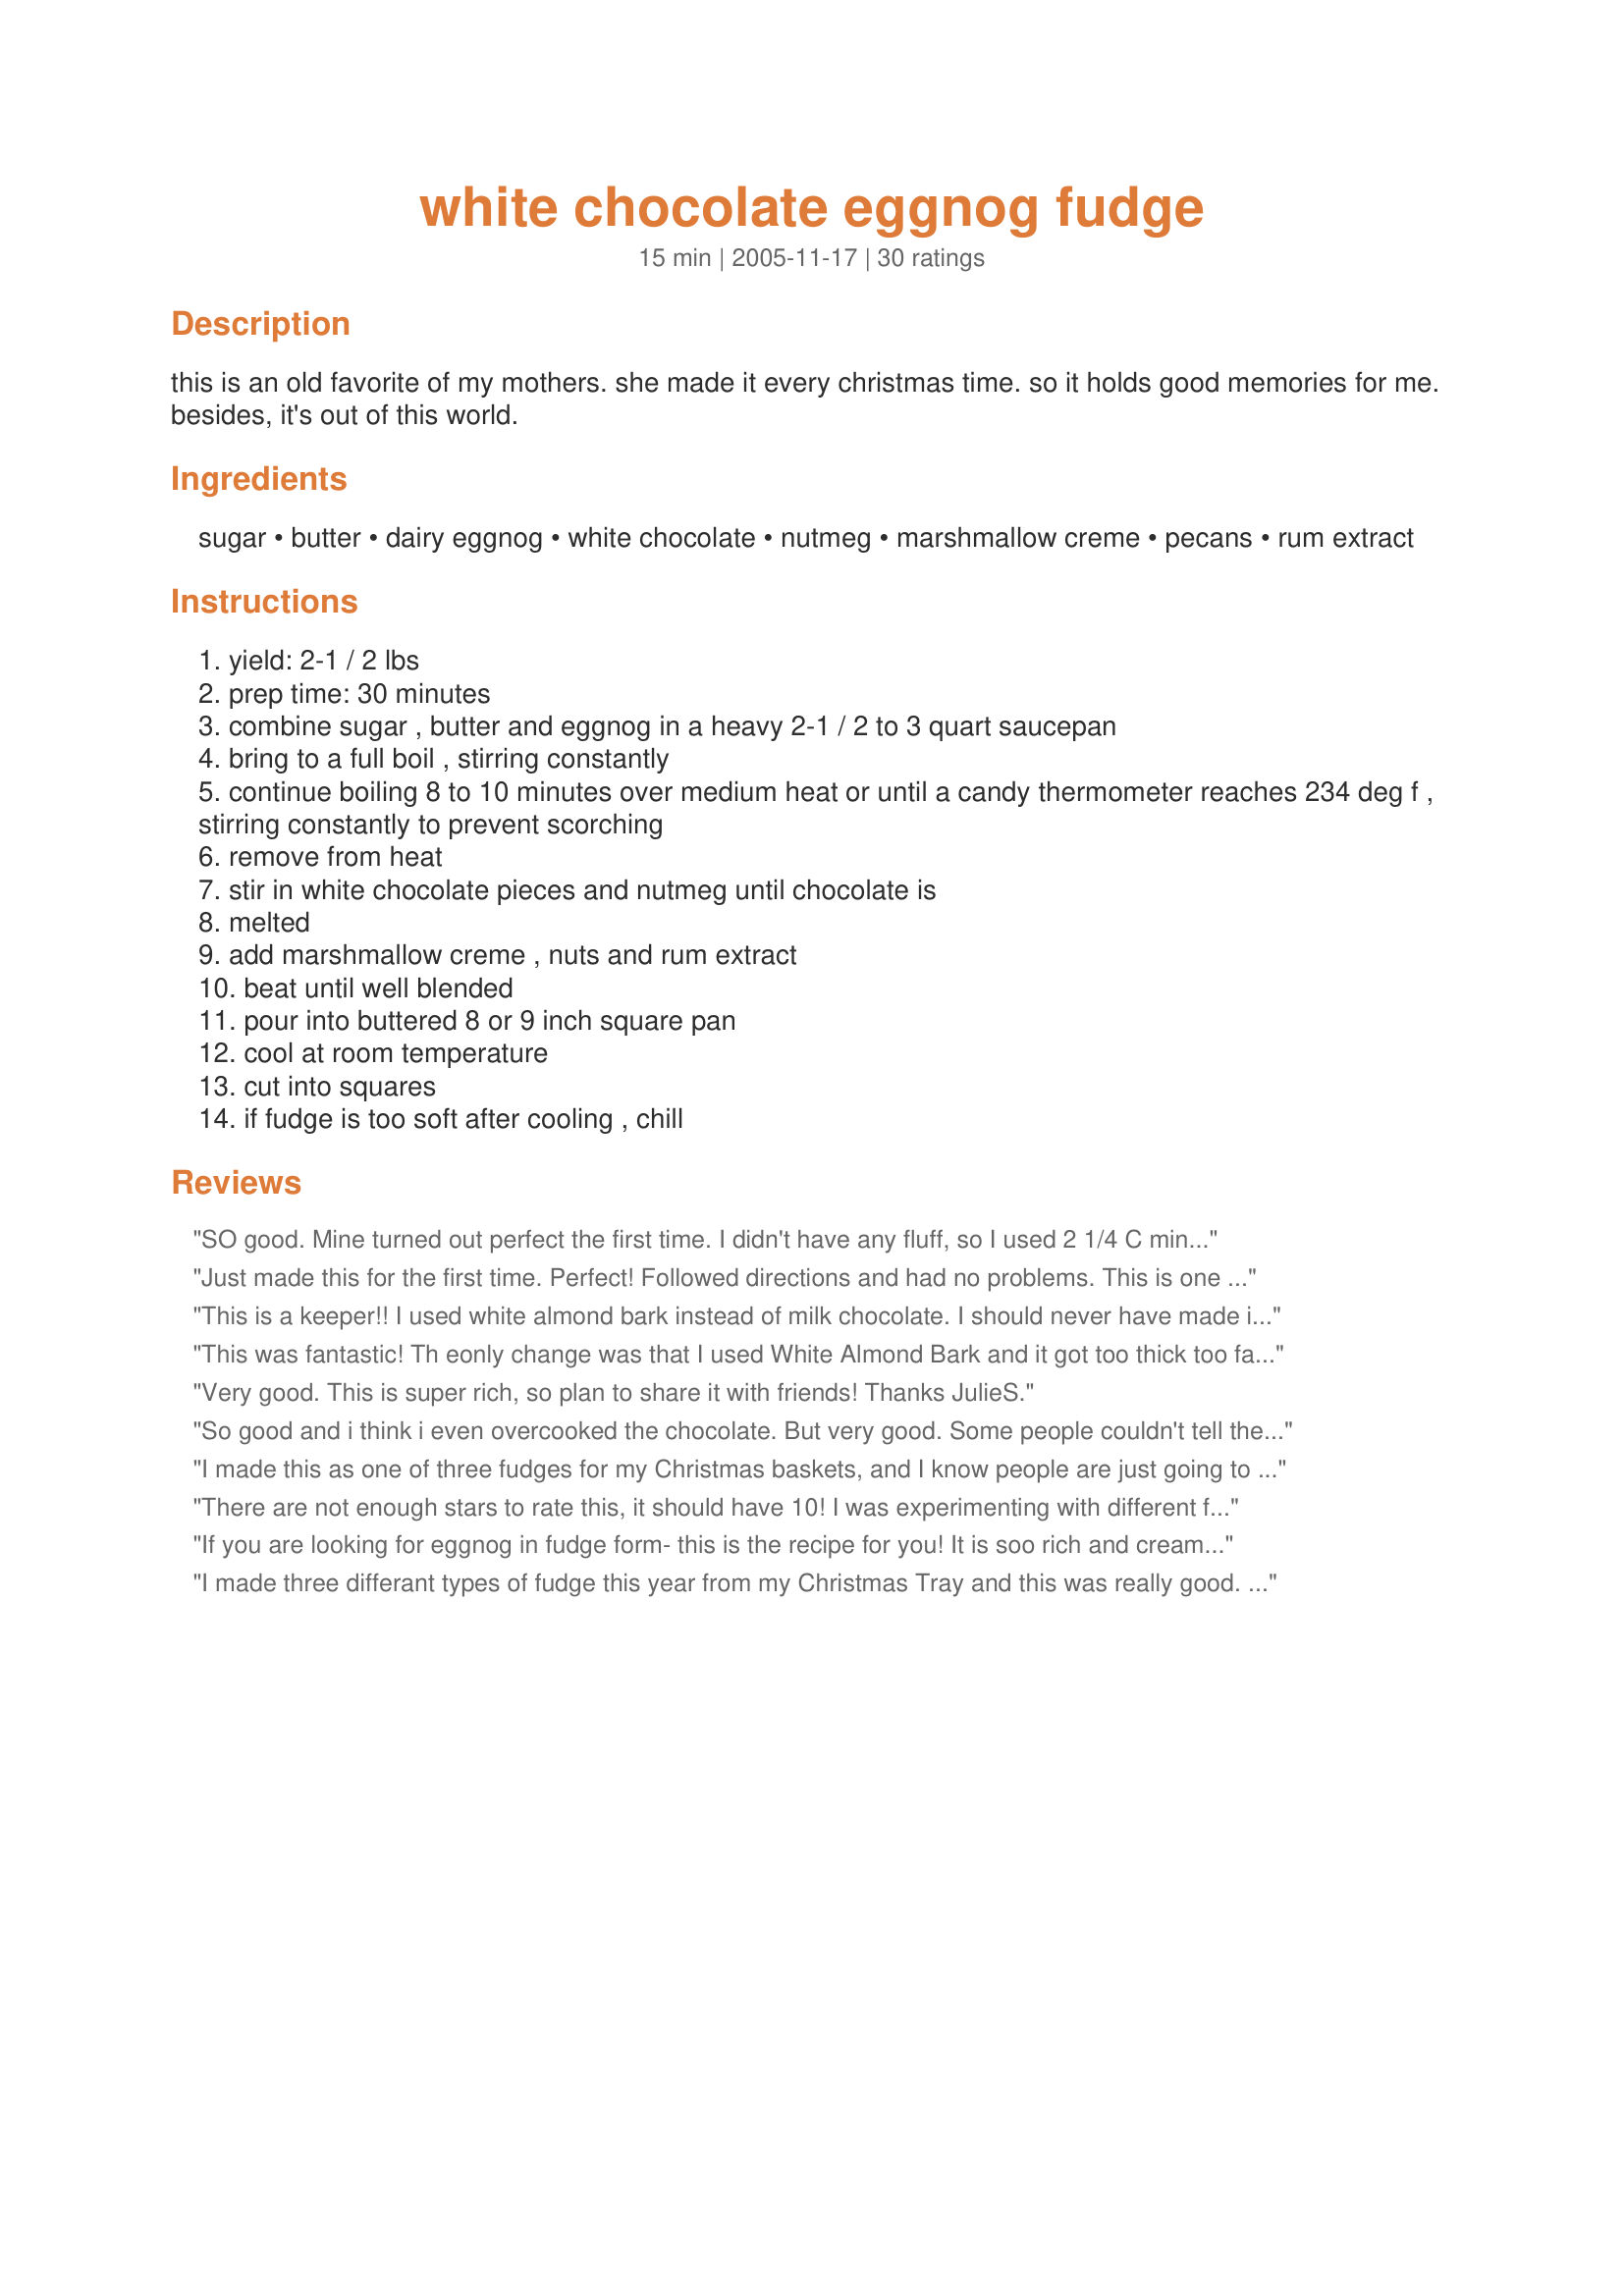
white chocolate eggnog fudge
Preparation time: 15 minutes

this is an old favorite of my mothers. she made it every christmas time. so it holds good memories for me. besides, it's out of this world.

Ingredients:
sugar, butter, dairy eggnog, white chocolate, nutmeg, marshmallow creme, pecans, rum extract

Steps:
yield: 2-1 / 2 lbs
prep time: 30 minutes
combine sugar , butter and eggnog in a heavy 2-1 / 2 to 3 quart saucepan
bring to a full boil , stirring constantly
continue boiling 8 to 10 minutes over medium heat or until a candy thermometer reaches 234 deg f , stirring constantly to prevent scorching
remove from heat
stir in white chocolate pieces and nutmeg until chocolate is
melted
add marshmallow creme , nuts and rum extract
beat until well blended
pour into buttered 8 or 9 inch square pan
cool at room temperature
cut into squares
if fudge is too soft after cooling , chill

Reviews:
SO good. Mine turned out perfect the first time. I didn't have any fluff, so I used 2 1/4 C mini marshmallows, and 2 tsp. light corn syrup melted together insted. SO SO good...just try it!
Just made this for the first time. Perfect! Followed directions and had no problems. This is one I will be making again and again! Thanks for posting.
This is a keeper!! I used white almond bark instead of milk chocolate. I should never have made it! I can't keep my hands out of it! I didn't have any rum extract so I used vanilla rum instead. Next time I will leave out the pecans. It was very easy to make. The only problem I had (besides making a pig out of myself with it) is that it stuck like heck to my pan. I thought I had buttered the pan enough, but I guess not.
This was fantastic! Th eonly change was that I used White Almond Bark and it got too thick too fast, so I put some extra eggnog to make it more liquid. Also no nuts. All the eggnog lovers at our Christmas party raved about it. Definately a keeper.
Very good. This is super rich, so plan to share it with friends! Thanks JulieS.
So good and i think i even overcooked the chocolate. But very good. Some people couldn't tell there was eggnog in it, but i could for sure. So good. Good thing i only made half a batch.
I made this as one of three fudges for my Christmas baskets, and I know people are just going to love it! I have never heard of, made, or eaten eggnog fudge before. I am not a huge eggnog fan, but this tastes just like a vanilla milkshake (I think)! I have to admit, I did change a few things though: In place of the nutmeg in the fudge, I used cinnamon, and I sprinkled a little allspice on top of the fudge after it had cooled a little bit. I also used vanilla extract in place of rum extract. I also used a (12 oz.) bag of white chocolate chips instead of bar chocolate, and I omitted the nuts - I'm SORRY! Here, have some fudge. :) I boiled my mixture for 10 minutes, and I used a 9x12 pan, since I wanted to make a lot. The consistency was out of this world, perfect! I plan on trying it with maybe brandy extract..? My husband wants me to put nutmeg in it next time, and he doesn't even care for fudge OR white chocolate (but he loves eggnog). So, yeah, this one's a keeper. This is permanently on my holiday baking list. Thank you!
There are not enough stars to rate this, it should have 10! I was experimenting with different fudge recipes for Christmas this year, decided to try this one. It is a hit with EVERYONE! Full of eggnog flavor, soooo easy to make, smells wonderful. I had to pass along the recipe several times. WOW!!! Thanks, JulieS!!!
If you are looking for eggnog in fudge form- this is the recipe for you! It is soo rich and creamy, I couldn't believe how great this turned out.
I made three differant types of fudge this year from my Christmas Tray and this was really good. I've always had trouble getting the right consistancy for fudge and these directions made it really easy. I used a candy thermometer to measure the boiling time and it came out creamy and smooth. I did chill for about 2 hours to make sure it would cut and it was great. A differant taste from regular fudge and a nice treat. Thanks for posting.
I made about 20 pounds of this stuff last year. I followed the recipe and used the listed ingredients. It was unbelievably easy to make.... and soooooo freaking good!! I am going to make it this year for gifts.
You have a WONDERFUL recipe here....I put it on 2 different goodie trays and so many people now want the recipe. It is so creamy and sooo good. Thank you so much for such a great recipe. It is definitely going into my Christmas regular list.
People would not quit hounding me for this. I made it for Christmas gifts with a few other kinds & this was all they'd talk about. They were threatening to steal it out of each other's mail boxes at work. I used white chips for the chocolate & vanilla instead of rum. Thanks for the winner recipe :)
We had Thanksgiving dinner 2006 at our neighbor's house, and I made this to surprise our hostess. It was a big hit, as it was at my work the next day, when I took some in! Thanks for the recipe! PS: Zaney1 sang the praises of this recipe so loud and long...I just had to try it! Not to mention that it sounded good in the first place! :D
You can really taste the eggnog. Everyone loved it!
This came out soooooo good! I handed it out for Christmas this year and everyone asked me for the recipe! I followed the recipe, only I sprinkled cinnamon on top to make them look pretty. : ) YUMMMMM!!!!
Lovely fudge and so easy! Used Horizon lowfat organic eggnog, my favorite, and a bag of white chocolate chips. Great combination of white chocolate and eggnog flavors. Thanks for sharing the recipe!
I've made this twice now. The first time with the ingredients listed here (no nuts) and the second time I used Cinnamon eggnog, ground cinnamon instead of nutmeg, and vanilla instead of rum. Both times it turned out perfect and unbelievably delicious. This is a great recipe!!!!!
A wonderful recipe with the perfect amount of eggnog. Used cinnamon and vanilla and a cold water test at eight minutes.
This came out perfect. I followed the recipe exactly, except I backed off the rum extract to 1/4 tsp. as I don't like rum flavor in my egg nog. I also didn't have a candy thermometer so I boiled for 10 minutes and it came out perfect. Thanks for sharing. I will make it again.
Absolutely delicious! I wasn't sure how 3/4 cup eggnog could actually make an entire pan of fudge taste like eggnog but it DID! I took another reviewers advice and used a bag of white chocolate chips and vanilla instead of rum! I highly recommend this recipe.
This fudge is AMAZING ~ I'm so glad that I chose it as part of my Christmas goodie platter for 2006!
Since I did not have rum extract, I used 1 1/2 teaspoons rum + 1/2 teaspoon vanilla extract. And I omitted the nuts. So that the fudge would not stick, I lined my 9x9" pan with Reynolds Release non-stick aluminum foil which I still buttered a teeny bit. The fudge set up quickly and well then I just inverted the entire panful onto a cutting board, peeled off the foil, and cut up the delectable little squares of white chocolate eggnog heaven. Thanks for sharing your mother's awesome recipe!
Absolutely fantastic! I followed the directions but took some advice from other reviewers and used cinnamon and vanilla extract. Turned out absolutely heavenly! Thank you so much for sharing!
Yummy!! Made just as directed...wouldn&#039;t change a thing!
This was my first time making fudge and this recipe made me look like an old pro. I made this for our Christmas Eve party and was it a hit. Everyone loved it and commented on how creamy it was as well as the unique flavor. I too used a bag of white chocolate chips and vanilla as that is what I had on hand. Thanks for a great recipe!
Very good fudge. Mine turned out perfect I boiled for 8 minutes on medium heat. I used light eggnog and omitted the nuts and used dark rum. I used a 8 inch pan. Very pleased with the end result and will be making this again.
Awesome fudge! Made it just this morning using a whole 11 oz bag of white chocolate chips and kept out the pecans due to personal taste. This is going to be great in the CHRISTmas baskets! Thanks, JulieS!
These definitely taste like eggnog but like others commented, it is pretty rich. I omitted the pecans. Maybe putting these in would have balance out the sweetness a bit.
Okay, but I don't care for eggnog.
This was pretty good, the consistency was perfect. It was extremely rich however and you have to be in the mood for it!
